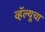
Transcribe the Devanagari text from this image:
व्हॅल्यूचा